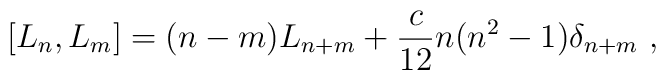
\left[ L_n , L_m \right] = (n-m) L_{n+m} +{ c \over 12} n(n^2-1) \delta_{n+m} \ ,